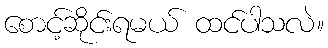
စောင့်ဆိုင်းရမယ် ထင်ပါသလဲ။